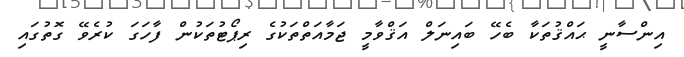
އިންސާނީ ޙައްޤުތަކާ ބެހޭ ބައިނަލް އަޤްވާމީ ޖަމާއަތްތަކުގެ ރިޕޯޓުތަކުން ފާހަގަ ކުރެވޭ ގޮތުގައި